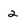
Character: 2